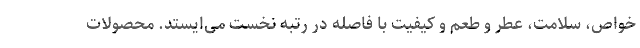
خواص، سلامت، عطر و طعم و کیفیت با فاصله در رتبه نخست می‌ایستد. محصولات